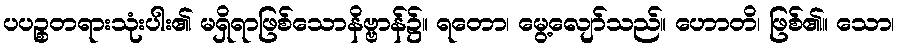
ပပဉ္စတရားသုံးပါး၏ မရှိရာဖြစ်သောနိဗ္ဗာန်၌။ ရတော၊ မွေ့လျော်သည်။ ဟောတိ၊ ဖြစ်၏။ သော၊